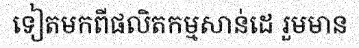
ទៀតមកពីផលិតកម្មសាន់ដេ រួមមាន